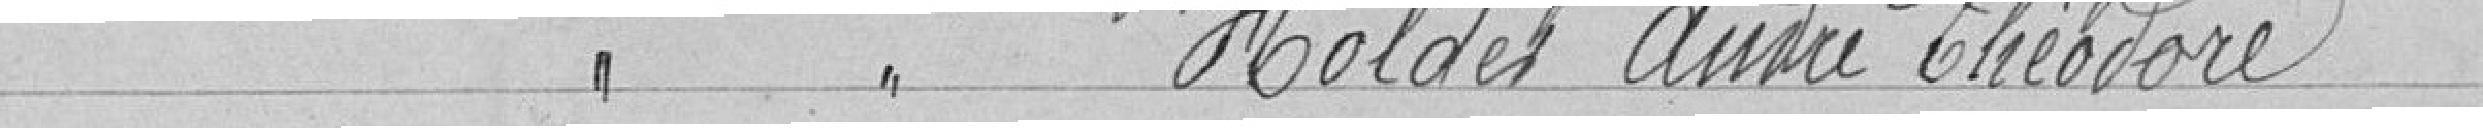
Classe 1926 HOLDET André Théodore